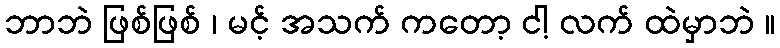
ဘာဘဲ ဖြစ်ဖြစ် ၊ မင့် အသက် ကတော့ ငါ့ လက် ထဲမှာဘဲ ။